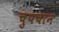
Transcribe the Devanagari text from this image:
चुपचान